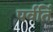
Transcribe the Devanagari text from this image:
पर्वर्ति